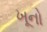
ખૂનો